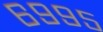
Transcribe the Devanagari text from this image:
६९९५